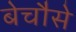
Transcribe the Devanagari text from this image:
बेचौसे